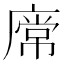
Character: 𢊥